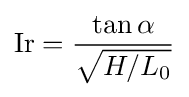
\mathrm {Ir} ={\frac {\tan \alpha }{\sqrt {H/L_{0}}}}